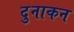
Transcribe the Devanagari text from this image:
दुनाकन